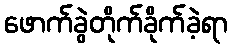
ဖောက်ခွဲတိုက်ခိုက်ခဲ့ရာ